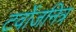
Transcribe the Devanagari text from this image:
टर्वोजनित्र